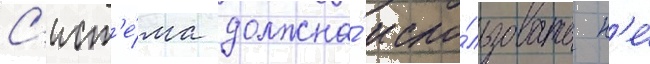
С'ист'е́ма должна́ испо́льзовать н'е́